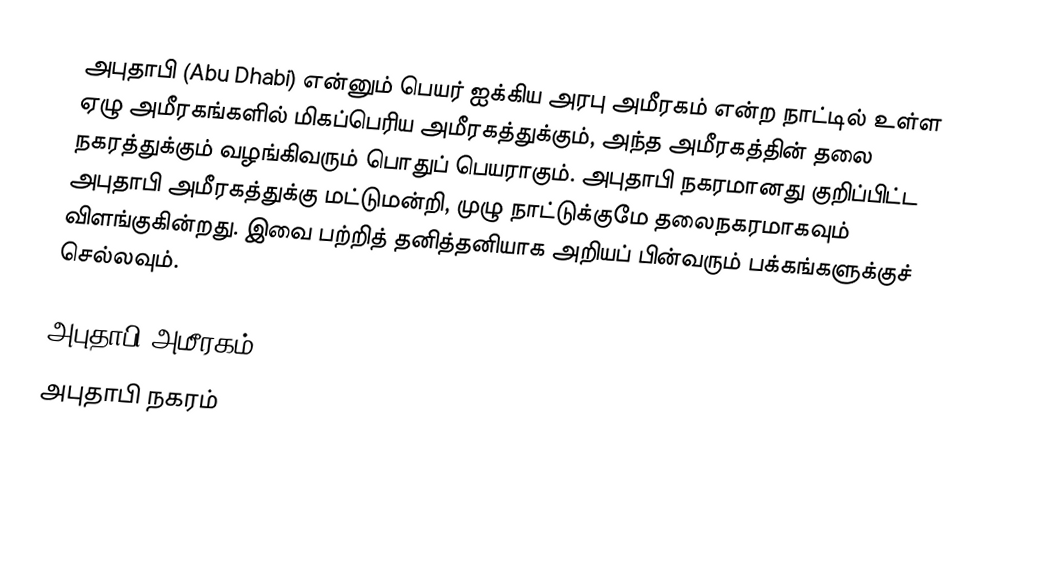
அபுதாபி (Abu Dhabi) என்னும் பெயர் ஐக்கிய அரபு அமீரகம் என்ற நாட்டில் உள்ள ஏழு அமீரகங்களில் மிகப்பெரிய அமீரகத்துக்கும், அந்த அமீரகத்தின் தலை நகரத்துக்கும் வழங்கிவரும் பொதுப் பெயராகும். அபுதாபி நகரமானது குறிப்பிட்ட அபுதாபி அமீரகத்துக்கு மட்டுமன்றி, முழு நாட்டுக்குமே தலைநகரமாகவும் விளங்குகின்றது. இவை பற்றித் தனித்தனியாக அறியப் பின்வரும் பக்கங்களுக்குச் செல்லவும்.

 அபுதாபி அமீரகம்
 அபுதாபி நகரம்